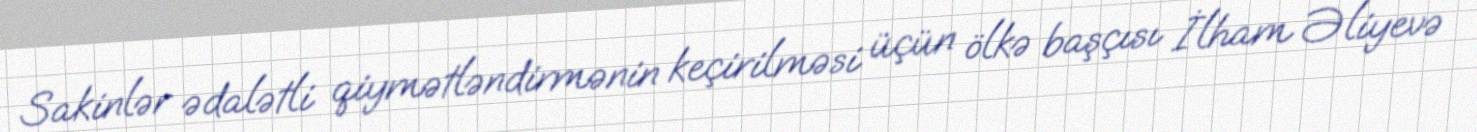
Sakinlər ədalətli qiymətləndirmənin keçirilməsi üçün ölkə başçısı İlham Əliyevə